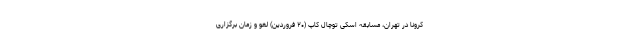
کرونا در تهران، مسابقه اسکی توچال کاپ (۲۰ فروردین) لغو و زمان برگزاری